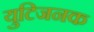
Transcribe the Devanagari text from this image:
युटिजनक